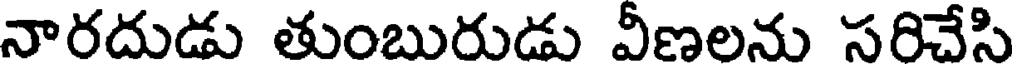
నారదుడు తుంబురుడు వీణలను సరిచేసి